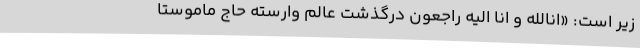
زیر است: «انالله و انا الیه راجعون درگذشت عالم وارسته حاج ماموستا